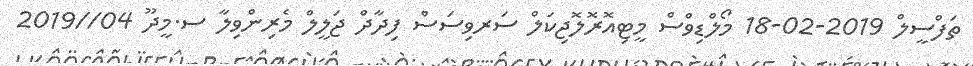
ތަފްސީލް 2019-02-18 މޯލްޑިވްސް މީޓިއޮރޮލޮޖިކަލް ސަރވިސަސް ފިދާދް ޖަލީލް މެރިންވިލާ ސ.މީދޫ 04//2019